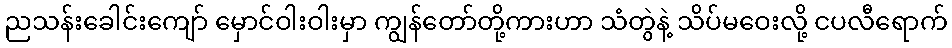
ညသန်းခေါင်းကျော် မှောင်ဝါးဝါးမှာ ကျွန်တော်တို့ကားဟာ သံတွဲနဲ့ သိပ်မဝေးလို့ ငပလီရောက်